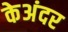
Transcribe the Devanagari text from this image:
केअंदर